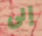
إلى